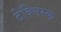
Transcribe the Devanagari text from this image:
टेक्निस्क